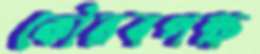
কৌরবপক্ষ